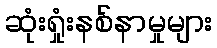
ဆုံးရှုံးနစ်နာမှုများ